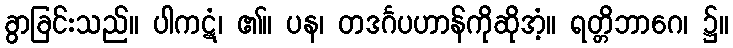
ခွာခြင်းသည်။ ပါကဋံ၊ ၏။ ပန၊ တဒင်္ဂပဟာန်ကိုဆိုအံ့။ ရတ္တိဘာဂေ၊ ၌။